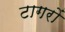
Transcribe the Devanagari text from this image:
टागरों